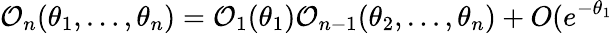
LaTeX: \mathcal{O}_{n}(\theta_{1},\dots,\theta_{n})=\mathcal{O}_{1}(\theta_{1})\mathcal{O}_{n-1}(\theta_{2},\dots,\theta_{n})+O(e^{-\theta_{1}}